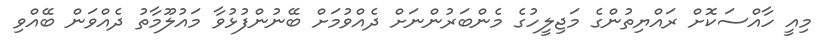
މިއީ ހާއްސަކޮށް ރައްޔިތުންގެ މަޖިލީހުގެ މެންބަރުންނަށް ދެއްވުމަށް ބޭނުންފުޅުވާ މައުލޫމާތު ދެއްވަން ބޭއްވި